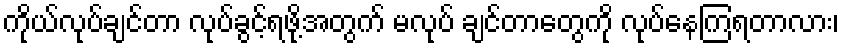
ကိုယ်လုပ်ချင်တာ လုပ်ခွင့်ရဖို့အတွက် မလုပ် ချင်တာတွေကို လုပ်နေကြရတာလား၊